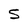
Character: S